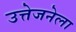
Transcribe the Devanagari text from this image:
उत्तेजनेला